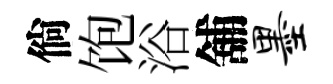
倘饱浴舖墨